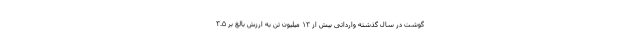
گوشت در سال گذشته وارداتی بیش از ۱۳ میلیون تن به ارزش بالغ بر ۳.۵